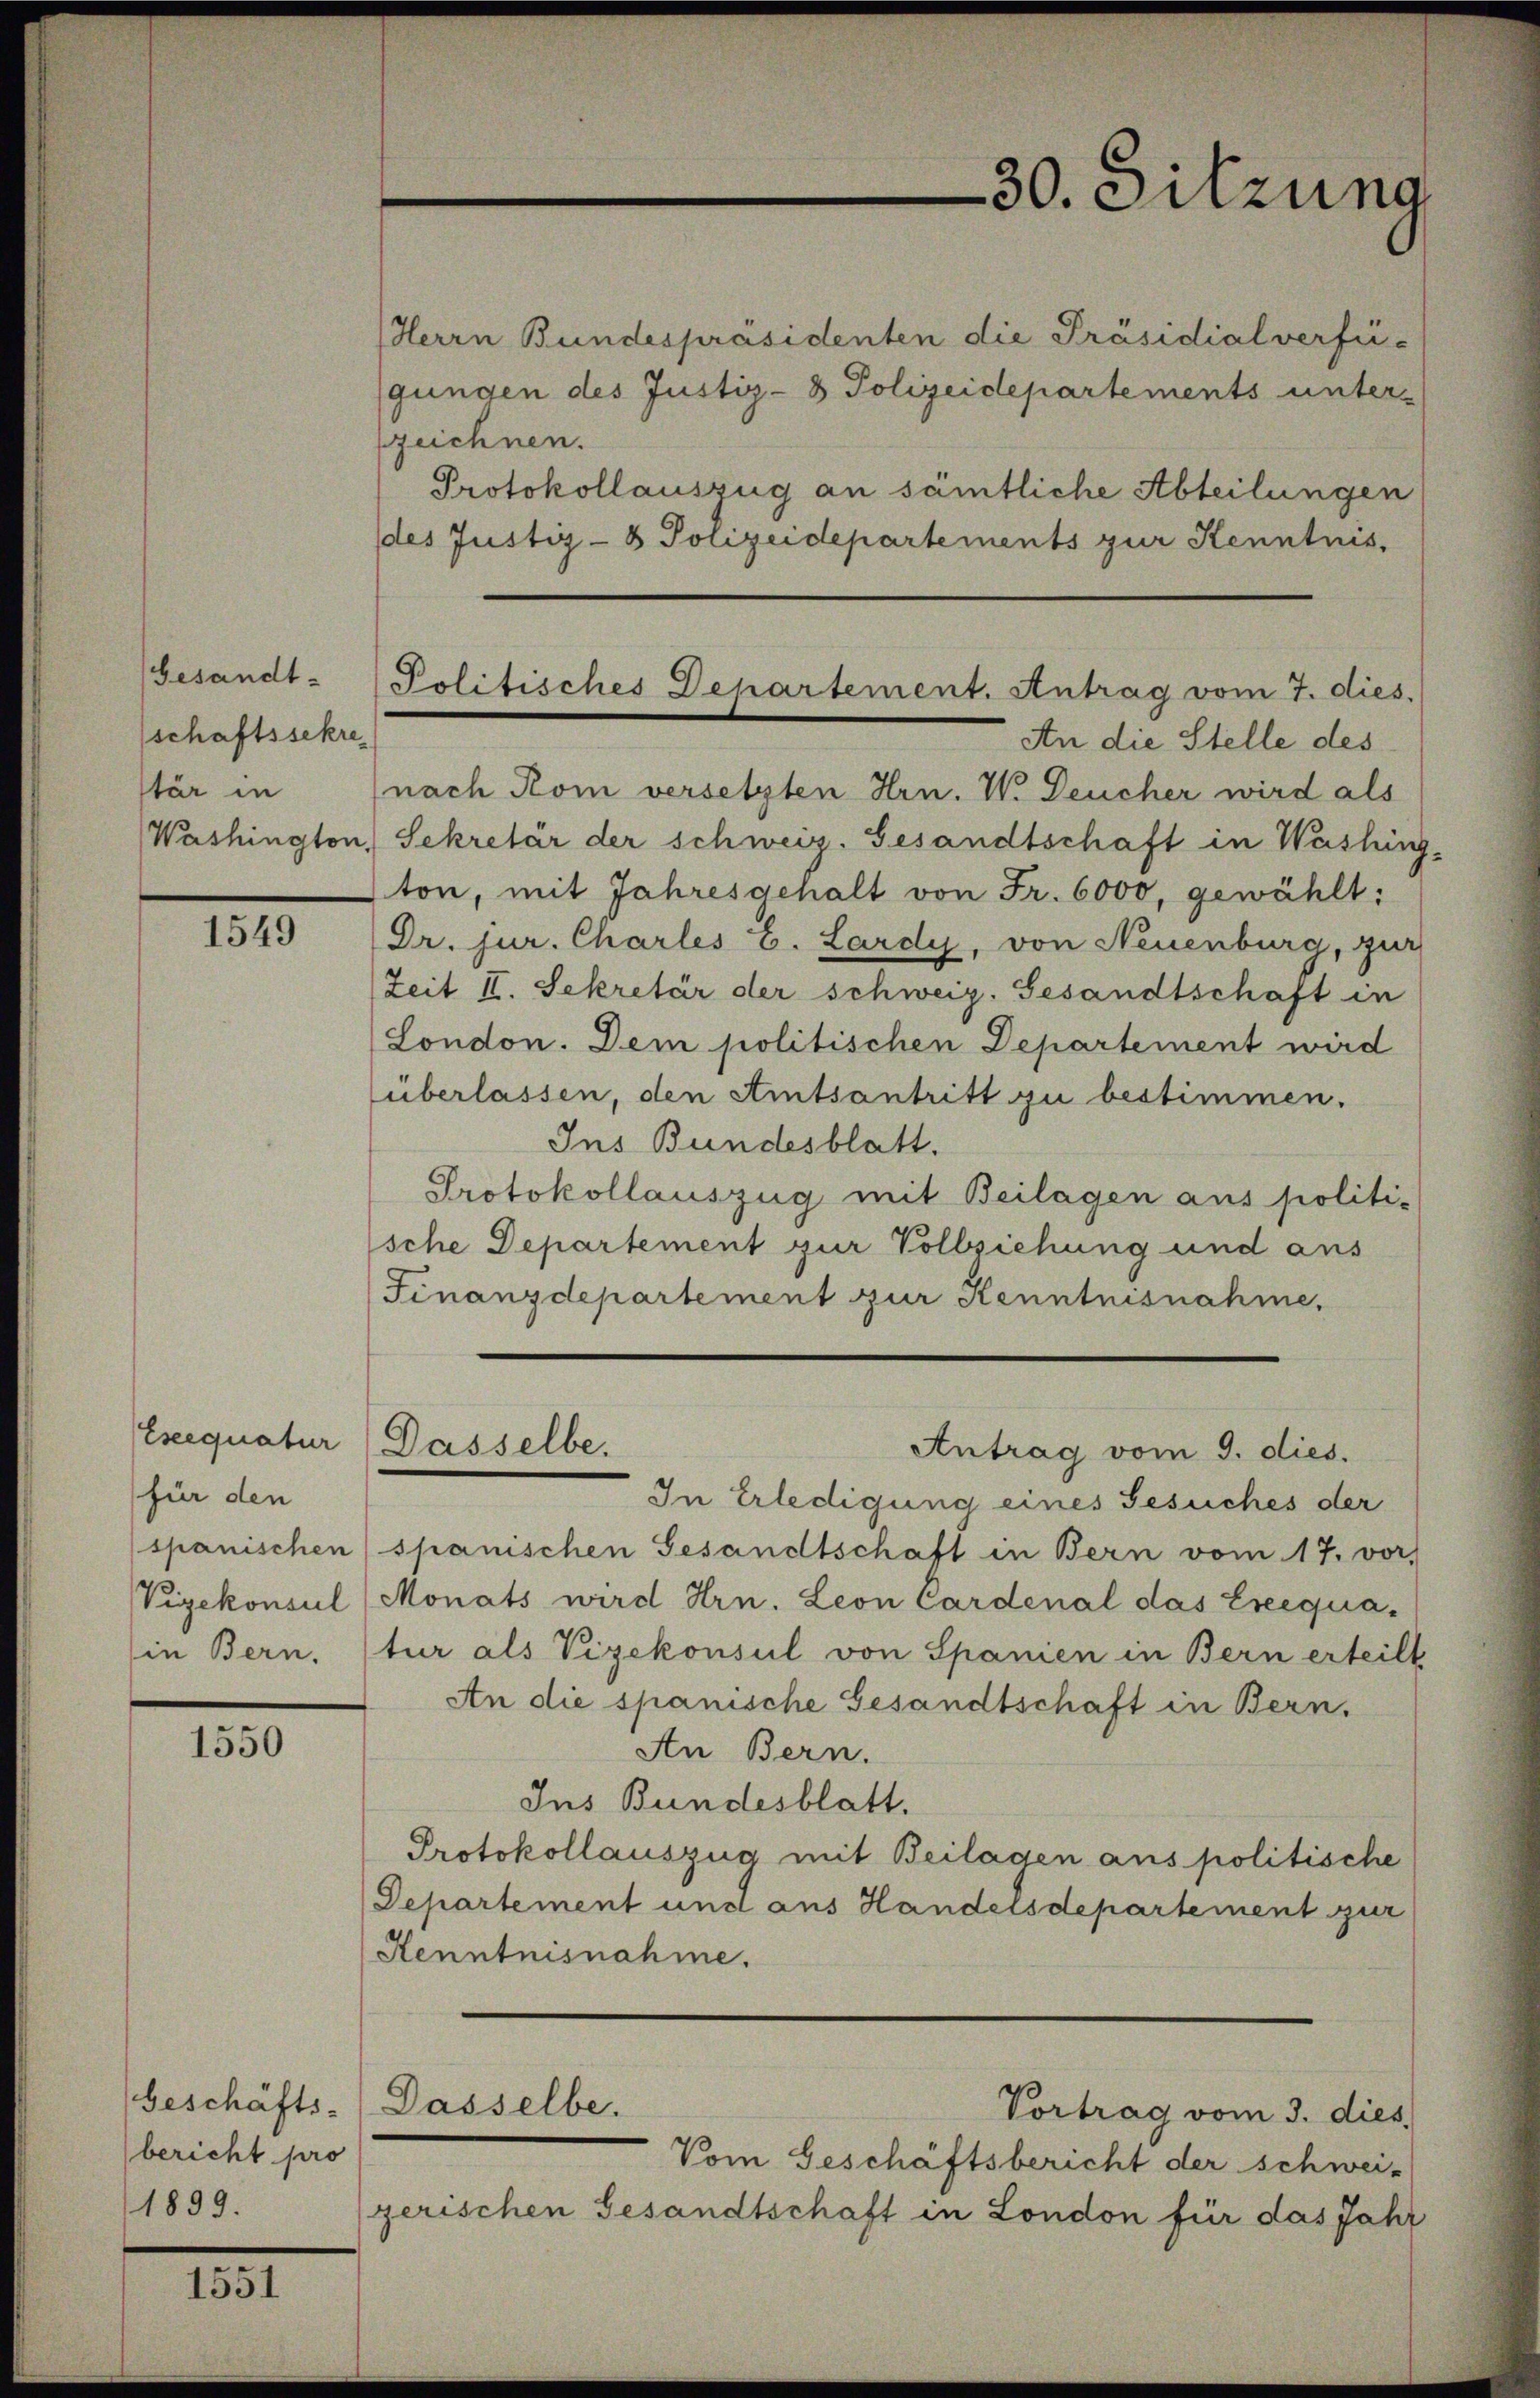
Gesandt-
schaftssekre
stär in
Washington,

1549

Ereequatur
für den
spanischen
Vizekonsul
in Bern.

1550

Geschäfts-
bericht pro
1899.

1551

Politisches Departement. Antrag vom 7. dies.

Herrn Bundespräsidenten die Präsidialverfü-
gungen des Justiz- & Polizeidepartements unterzeichnen.
Protokollauszug an sämtliche Abteilungen
(des Justiz- & Polizeidepartements zur Kenntnis.
An die Stelle des
nach Rom versetzten Hrn. V. Deucher wird als
Sekretär der schweiz. Gesandtschaft in Washing
ton, mit Jahresgehalt von Fr. 6000, gewählt:
Dr. jur. Charles E. Lardy, von Neuenburg, zur
Zeit II. Sekretär der schweiz. Gesandtschaft in
(London. Dem politischen Departement wird
überlassen, den Amtsantritt zu bestimmen.
Ins Bundesblatt.
Protokollauszug mit Beilagen aus politi-
sche Departement zur Vollziehung und aus
Finanzdepartement zur Kenntnisnahme,
Dasselbe.
Antrag vom 9. dies.
In Erledigung eines Gesuches der
spanischen Gesandtschaft in Bern vom 17. vor,
Monats wird Hrn. Leon Cardenal das Ereequa-
tur als Vizekonsul von Spanien in Bern erteilt
An die spanische Gesandtschaft in Bern.
An Bern.
Ins Bundesblatt.
Protokollauszug mit Beilagen aus politische
Departement und aus Handelsdepartement zur
Kenntnisnahme.
Dasselbe.
Vortrag vom 3. dies
Vom Geschäftsbericht der schwei-
zerischen Gesandtschaft in London für das Jahr

30. Sitzung